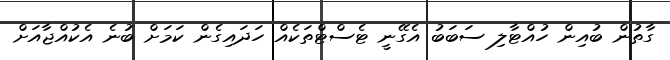
ގާތުން ބުއިން ހުއްޓާލި ސަބަބު އެގޭނީ ޓެސްޓްތަކެއް ހަދައިގެން ކަމަށް ބުނެ އެކުއްޖާއަށް